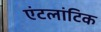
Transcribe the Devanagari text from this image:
एंटलांटिक